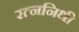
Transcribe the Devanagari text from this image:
रत्‍ननिधी